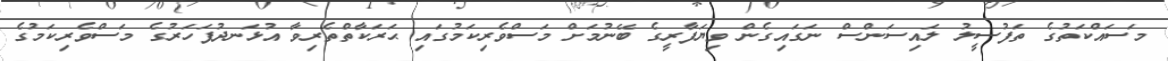
މަސައްކަތުގެ ތަފުސީލު ލައިސަންސް ނަގައިގެން ވިޔަފާރީގެ ބޭނުމަށް މަސްވެރިކަމުގައި ޙަރަކާތްތެރިވާ އުޅަނދުފަހަރުގެ މަސްވެރިކަމުގެ